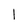
Character: l